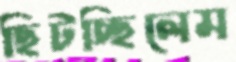
ছিটচ্ছিলেম